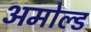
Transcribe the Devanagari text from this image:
अमोल्ड